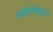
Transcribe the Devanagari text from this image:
स्पोरोज़ॉइट्स